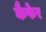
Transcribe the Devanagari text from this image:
कैफेर